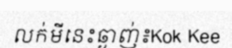
លក់មីនេះឆ្ងាញ់៖Kok Kee